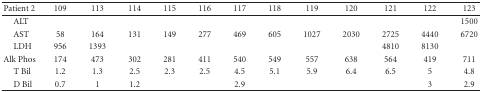
<table><thead><tr><td><b>Patient 2</b></td><td><b>109</b></td><td><b>113</b></td><td><b>114</b></td><td><b>115</b></td><td><b>116</b></td><td><b>117</b></td><td><b>118</b></td><td><b>119</b></td><td><b>120</b></td><td><b>121</b></td><td><b>122</b></td><td><b>123</b></td></tr></thead><tbody><tr><td> ALT</td><td></td><td></td><td></td><td> </td><td> </td><td> </td><td> </td><td> </td><td> </td><td> </td><td> </td><td>1500</td></tr><tr><td> AST</td><td>58</td><td>164</td><td>131</td><td>149</td><td>277</td><td>469</td><td>605</td><td>1027</td><td>2030</td><td>2725</td><td>4440</td><td>6720</td></tr><tr><td> LDH</td><td>956</td><td>1393</td><td></td><td></td><td></td><td></td><td></td><td></td><td></td><td>4810</td><td>8130</td><td></td></tr><tr><td>Alk Phos</td><td>174</td><td>473</td><td>302</td><td>281</td><td>411</td><td>540</td><td>549</td><td>557</td><td>638</td><td>564</td><td>419</td><td>711</td></tr><tr><td> T Bil</td><td>1.2</td><td>1.3</td><td>2.5</td><td>2.3</td><td>2.5</td><td>4.5</td><td>5.1</td><td>5.9</td><td>6.4</td><td>6.5</td><td>5</td><td>4.8</td></tr><tr><td> D Bil</td><td>0.7</td><td>1</td><td>1.2</td><td></td><td></td><td>2.9</td><td></td><td></td><td></td><td></td><td>3</td><td>2.9</td></tr></tbody></table>